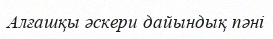
Алғашқы әскери дайындық пәні